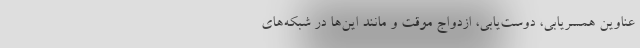
عناوین همسریابی، دوست‌یابی، ازدواج موقت و مانند این‌ها در شبکه‌های